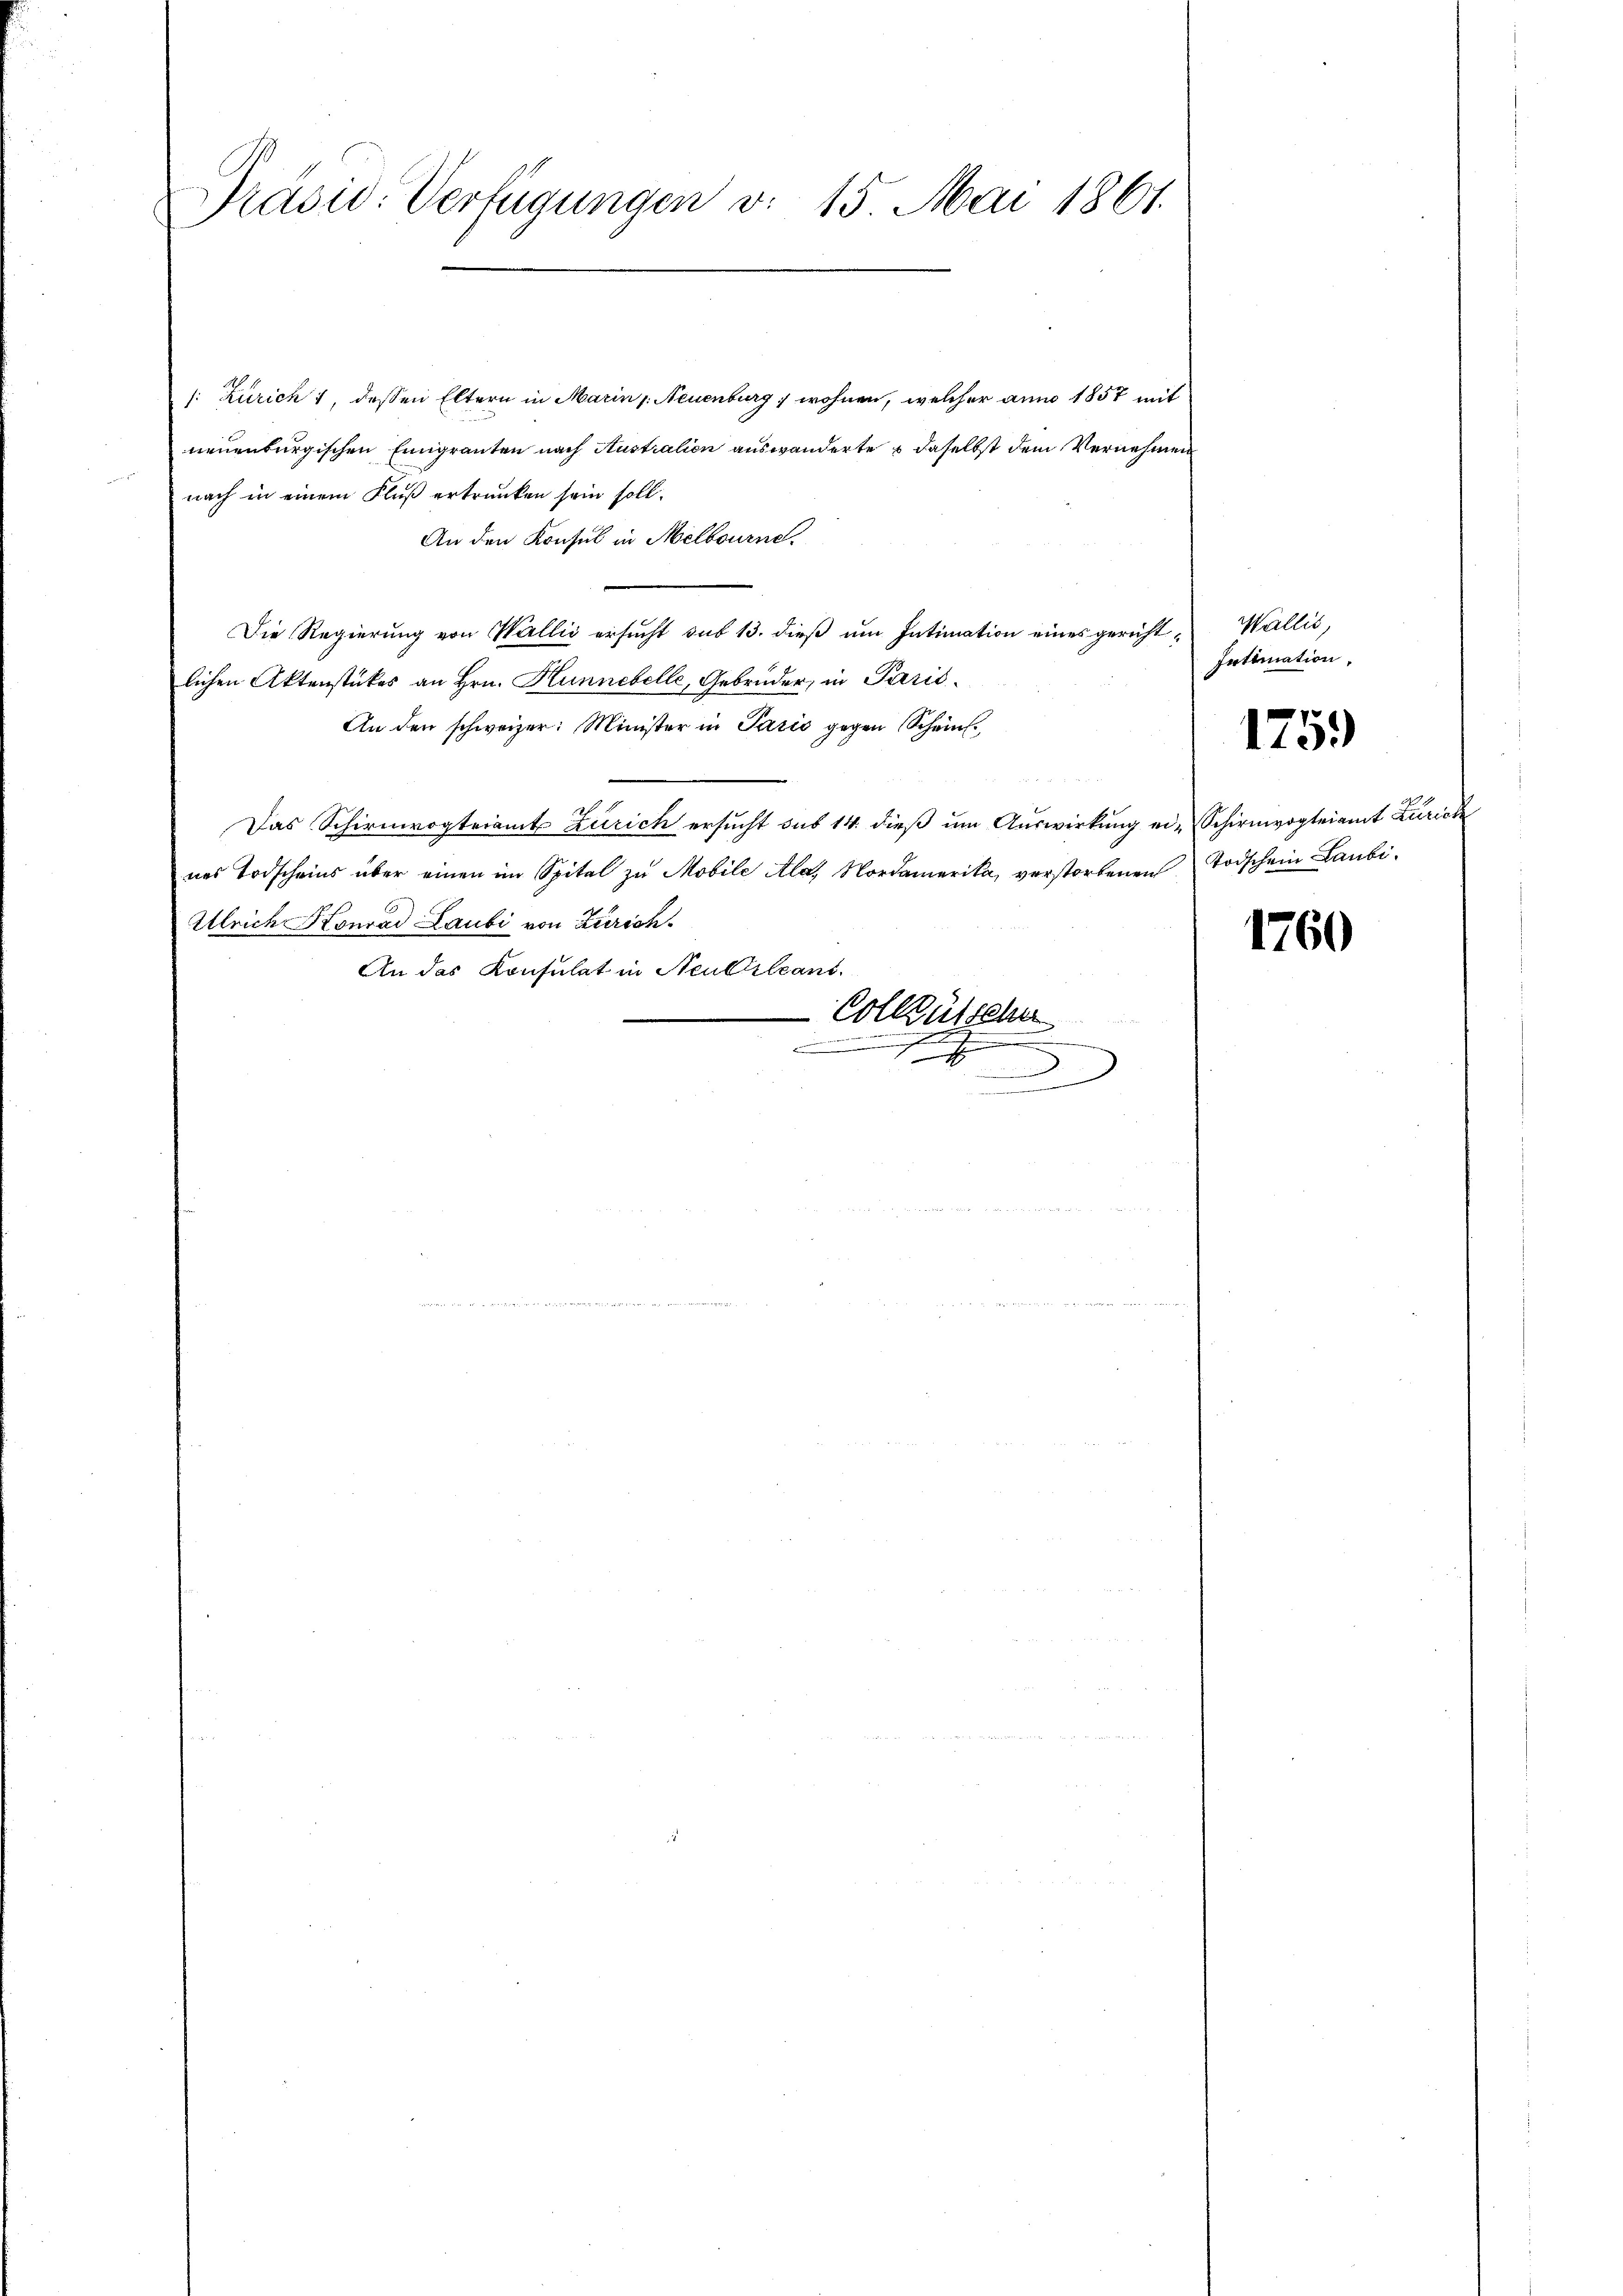
Präsid. Verfügungen v. 15 Mai 1861.

/: Zürich 1, dessen Eltern in Marin /: Neuenburg, wohnen, welcher anno 1857 mit
neuenburgischen Emigranten nach Australien auswanderte  daselbst dem Vernehmen
nach in einem Fluß ertrunken sein soll.
An den Konsul in Melbourne.
Die Regierŭng von Wallić ersŭcht sub 13. dieβ ŭm Intimation eines gericht - Wallis,
lichen Aktenstückes an Hrn. Hunnebelle, Gebrüder, in Paris¬
An den schweizer: Minister in Paris gegen Schein
e
Das Schirmvogteiamt Zürich ersucht sub 14. dieß um Auswirkung ei-Schirmvogteiamt Zürich
nes Todscheins über einen im Spital zu Mobile Ala, Nordamerika, verstorbenen Todschein Laubi¬
Ulrich Konrad Laubi von Zürich
An das Konsulat in Neubileant
Colktütsche
c
e
S
g

d

Intimation,

1759

1760